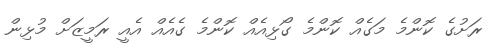
ރަށުގެ ކޮންމެ މަގެއް ކޮންމެ ގޯޅިއެއް ކޮންމެ ގެއެއް އެއީ ރަމީޒަށް މުޅިން